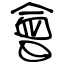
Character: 會